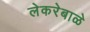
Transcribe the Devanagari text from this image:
लेकरेबाळे